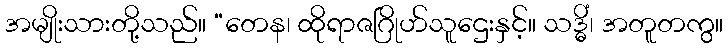
အမျိုးသားတို့သည်။ “တေန၊ ထိုရာဇဂြိုဟ်သူဌေးနှင့်။ သဒ္ဓိံ၊ အတူတကွ။